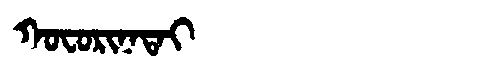
Manchu: ᡴᠣᠸᠣᡵᡳᠨᠠᡨᠠᡳ
Romanization: KOFORINATAI